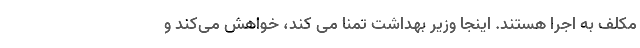
مکلف به اجرا هستند. اینجا وزیر بهداشت تمنا می کند، خواهش می‌کند و